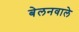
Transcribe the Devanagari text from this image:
बेलनवाले